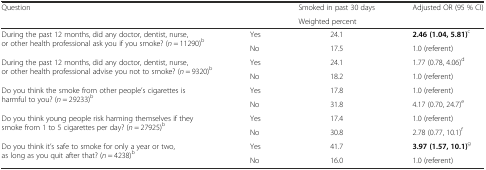
<table><thead><tr><td rowspan="2"><b>Question</b></td><td rowspan="2"></td><td><b>Smoked in past 30 days</b></td><td rowspan="2"><b>Adjusted OR (95 % CI)</b></td></tr><tr><td><b>Weighted percent</b></td></tr></thead><tbody><tr><td rowspan="2">During the past 12 months, did any doctor, dentist, nurse, or other health professional ask you if you smoke? (<i>n</i> = 11290)<sup>b</sup></td><td>Yes</td><td>24.1</td><td><b>2.46 (1.04, 5.81)</b><sup>c</sup></td></tr><tr><td>No</td><td>17.5</td><td>1.0 (referent)</td></tr><tr><td rowspan="2">During the past 12 months, did any doctor, dentist, nurse, or other health professional advise you not to smoke? (<i>n</i> = 9320)<sup>b</sup></td><td>Yes</td><td>24.1</td><td>1.77 (0.78, 4.06)<sup>d</sup></td></tr><tr><td>No</td><td>18.2</td><td>1.0 (referent)</td></tr><tr><td rowspan="2">Do you think the smoke from other people’s cigarettes is harmful to you? (<i>n</i> = 29233)<sup>b</sup></td><td>Yes</td><td>17.8</td><td>1.0 (referent)</td></tr><tr><td>No</td><td>31.8</td><td>4.17 (0.70, 24.7)<sup>e</sup></td></tr><tr><td rowspan="2">Do you think young people risk harming themselves if they smoke from 1 to 5 cigarettes per day? (<i>n</i> = 27925)<sup>b</sup></td><td>Yes</td><td>17.4</td><td>1.0 (referent)</td></tr><tr><td>No</td><td>30.8</td><td>2.78 (0.77, 10.1)<sup>f</sup></td></tr><tr><td rowspan="2">Do you think it’s safe to smoke for only a year or two, as long as you quit after that? (<i>n</i> = 4238)<sup>b</sup></td><td>Yes</td><td>41.7</td><td><b>3.97 (1.57, 10.1)</b><sup>g</sup></td></tr><tr><td>No</td><td>16.0</td><td>1.0 (referent)</td></tr></tbody></table>